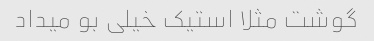
گوشت مثلا استیک خیلی بو میداد